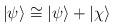
LaTeX: \begin{align*}|\psi\rangle\cong|\psi\rangle +|\chi\rangle\end{align*}